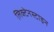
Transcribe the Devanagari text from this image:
लिक्टेनस्टाइन